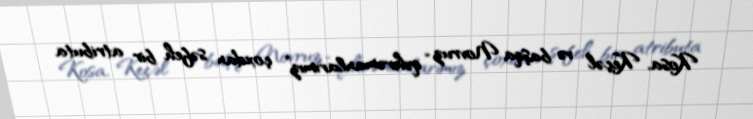
Kosa, Keçəl və başqa Novruz “qəhrəmanlarımız” çoxdan səfeh bir atributa